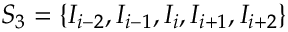
{ { S } _ { 3 } } = \left\{ { { I } _ { i - 2 } } , { { I } _ { i - 1 } } , { { I } _ { i } } , { { I } _ { i + 1 } } , { { I } _ { i + 2 } } \right\}